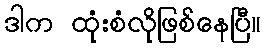
ဒါက ထုံးစံလိုဖြစ်နေပြီ။